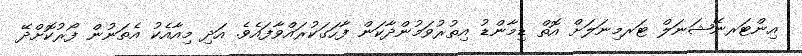
އިންޓަރނޭޝަނަލް ޓަރމިނަލަށް އޮތް ޑިމާންޑު އިތުރުވަމުންދާކަން ފާހަގަކުރައްވާފައެވެ. އަދި މިއާއެކު އެތަނުން ފޯރުކޮށްދޭ